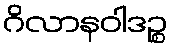
ဂိလာနဝါဒဉ္စ